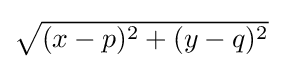
{\textstyle {\sqrt {(x-p)^{2}+(y-q)^{2}}}}